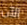
الآن